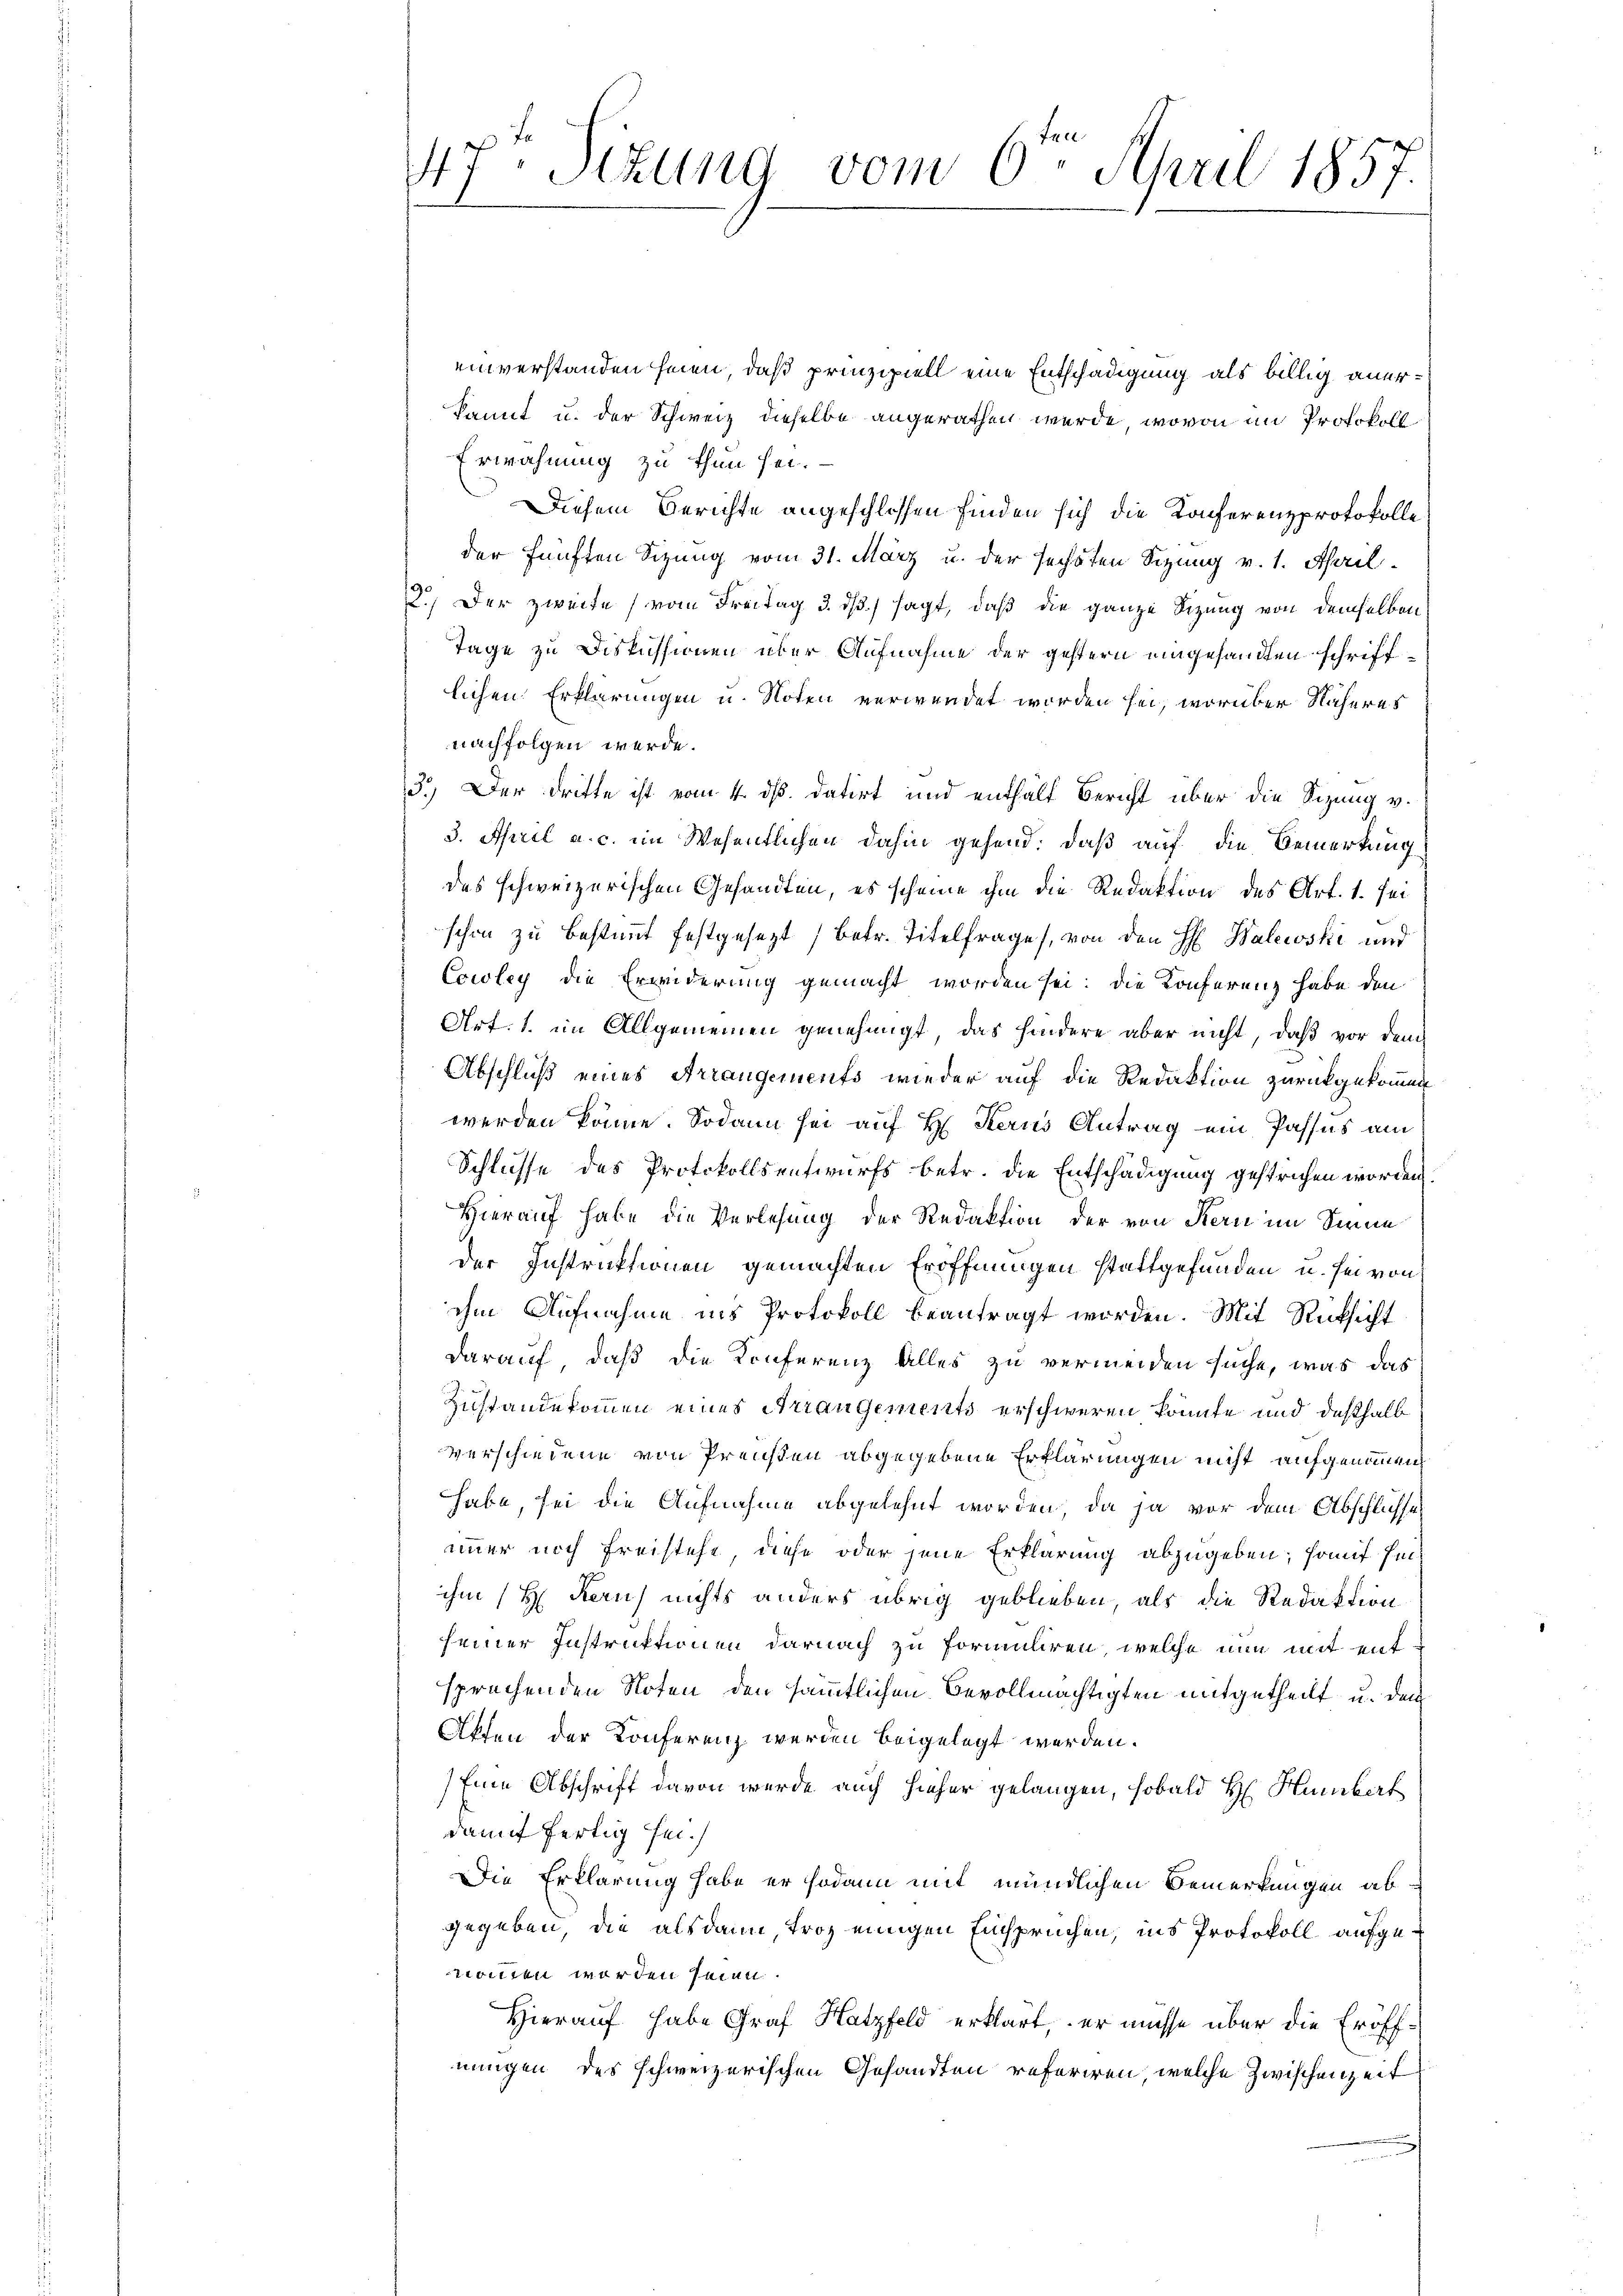
einverstanden seien, daß prinzipiell eine Entschädigung als billig anerkannt u. der Schweiz dieselbe angerathen werde, wovon im Protokoll
Erwähnung zu thun sei.
Diesem Berichte angeschlossen finden sich die Konferenzprotokolle
der fünften Sizung vom 31. März u. der sechsten Sizung v. 1. April.
2.) Der zweite (vom Freitag 3. dß.) sagt, daß die ganze Sitzung von demselben
Tage zu Diskussionen über Aufnahme der gestern eingesandten schriftlichen Erklärungen u. Noten verwendet worden sei, worüber Näheres
nachfolgen werde.
3.) Der dritte ist vom 4. ds. datirt und enthält Bericht über die Sizung v.
3. April a. c. ein Wesentlichen dahin gehend: daß auf die Bemerkung
des schweizerischen Gesandten, es scheine ihm die Redaktion des Art. 1. sei
schon zu bestimmt festgesezt (betr. Titelfrage, von den H. Balewski und
Cowley die Erwiderung gemacht worden sei; die Konferenz habe den
Art. 1. im Allgemeinen genehmigt, das hindere aber nicht, daß vor dem
Abschluß eines Arrangements wieder auf die Redaktion zurückgekommen
werden könne. Sodann sei auf H. Kerus Antrag ein Passus am
Schlusse des Protokollsentwurfs betr. die Entschädigung gestrichen worden
Hierauf habe die Verlesung der Redaktion der von Kern im Sinne
der Instruktionen gemachten Eröffnungen stattgefunden u. sei von
ihm Aufnahme ins Protokoll beantragt worden. Mit Rücksicht
darauf, daß die Konferenz alles zu vermeiden suche, was das
Zustandekommen eines Arrangements erschweren könnte und deßhalb
verschiedene von Preisen abgegebene Erklärungen nicht aufgenommen
habe, sei die Aufnahme abgelehnt worden, da ja vor dem Abschlusse
immer noch Freistehe diese oder jene Erklärung abzugeben; sauf sei
ihm (H. Kauf nichts anders übrig geblieben, als die Redaktion
seiner Instruktionen darnach zu formuliren, welche nun mit entsprachenden Noten den sämmtlichen Bevollmächtigten mitgetheilt, u. den
Akten der Konferenz werden beigelegt werden.
Eine Abschrift davon wurde auch hieher gelangen, sobald H. Humbert
damit fertig sei.
Die Erklärung habe er sodann mit mündlichen Bemerkungen abgegeben, die alsdann, troz einigen Einspruchen, ins Protokoll aufgenommen worden seien.
Hierauf habe Graf Hatzfeld erklärt, er müsse über die Eröffnungen des schweizerischen Gesandten referiren, welche Zwischenzeit

47. Sekung vom 6. April 1857.